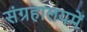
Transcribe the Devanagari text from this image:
संग्रहालयमें